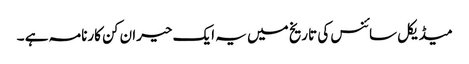
میڈیکل سائنس کی تاریخ میں یہ ایک حیران کن کارنامہ ہے ۔